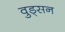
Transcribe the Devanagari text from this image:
वुड्सन